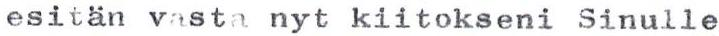
esitän vasta nyt kiitokseni Sinulle